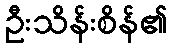
ဦးသိန်းစိန်၏